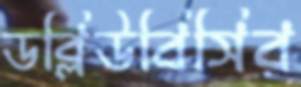
ডব্লিউবিসির